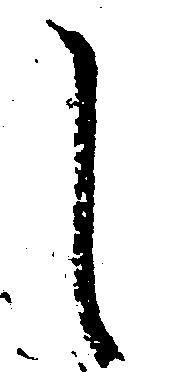
し